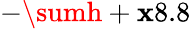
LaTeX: -\sumh+\mathbf{x}8.8